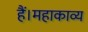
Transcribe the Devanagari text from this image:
हैं।महाकाव्य